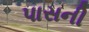
પાસની